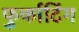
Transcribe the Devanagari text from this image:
फुर्काटिंग